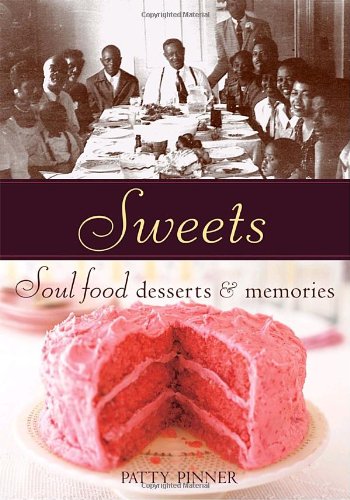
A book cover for Sweets: Soul Food Desserts and Memories; Patty Pinner; Cookbooks, Food & Wine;